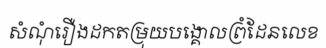
សំណុំរឿងដកតម្រុយបង្គោលព្រំដែនលេខ